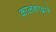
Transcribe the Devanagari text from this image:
कालकाद्वारे